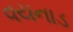
વયનાડ